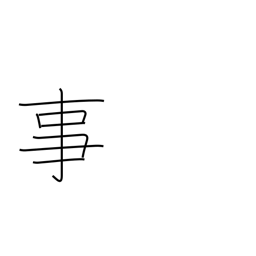
Meaning: fact